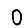
Digit: 0